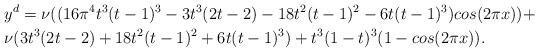
LaTeX: \begin{align*}&y^d=\nu((16\pi ^4t^3(t-1)^3-3t^3(2t-2)-18t^2(t-1)^2-6t(t-1)^3)cos(2\pi x))+\\&\nu(3t^3(2t-2)+18t^2(t-1)^2+6t(t-1)^3)+t^3(1-t)^3(1-cos(2\pi x)).\end{align*}